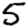
Digit: 5